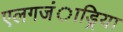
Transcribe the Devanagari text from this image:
एलगजंाड्रिया